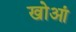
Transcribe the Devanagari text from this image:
खोआं